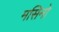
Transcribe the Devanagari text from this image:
मसिनो